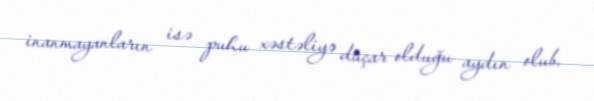
inanmayanların isə puhu xəstəliyə düçar olduğu aydın olub.